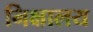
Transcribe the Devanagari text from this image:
निक्षालय